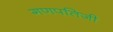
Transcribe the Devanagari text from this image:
गणपतिजी